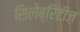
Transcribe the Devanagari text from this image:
सिलेब्रिटीज़